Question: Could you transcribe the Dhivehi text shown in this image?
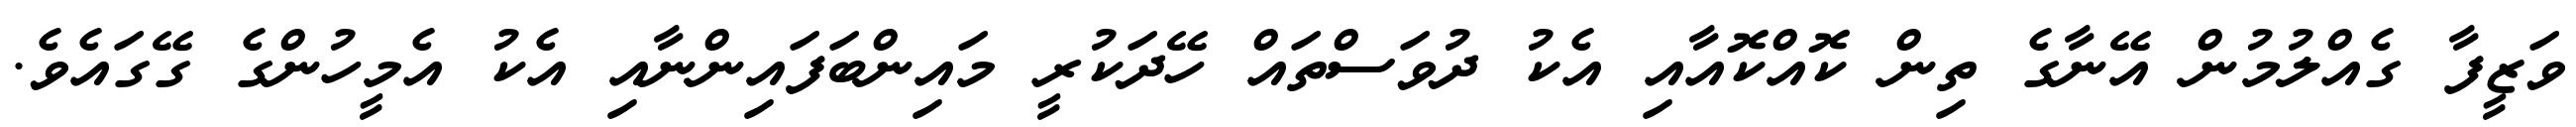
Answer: ވަޒީފާ ގެއްލުމުން އޭނާގެ ތިން ކޮއްކޮއާއި އެކު ދުވަސްތައް ހޭދަކުރީ މައިންބަފައިންނާއި އެކު އެމީހުންގެ ގޭގައެވެ.